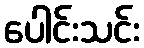
ပေါင်းသင်း